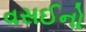
વસઈનો